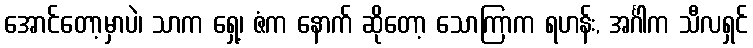
အောင်တော့မှာပဲ၊ သာက ရှေ့၊ ဇံက နောက် ဆိုတော့ သောကြာက ရဟန်း, အင်္ဂါက သီလရှင်